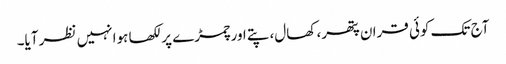
آج تک کوئی قران پتھر، کھال، پتے اور چمڑے پر لکھا ہوا نہیں نظر آیا۔